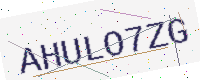
Text: AHULO7ZG